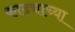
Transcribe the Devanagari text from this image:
काढ्याच्या